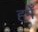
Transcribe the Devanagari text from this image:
हमेँ